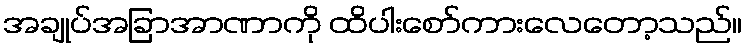
အချုပ်အခြာအာဏာကို ထိပါးစော်ကားလေတော့သည်။